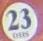
23